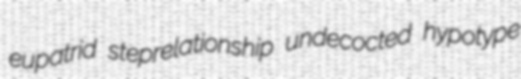
eupatrid steprelationship undecocted hypotype